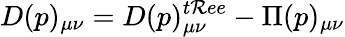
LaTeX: D(p)_{\mu\nu}=D(p)_{\mu\nu}^{t\mathcal{R}ee}-\Pi(p)_{\mu\nu}